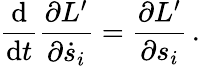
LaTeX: {\frac{\mathrm{d}}{\mathrm{d}t}}{\frac{\partial L^{\prime}}{\partial{\dot{s}}_{i}}}={\frac{\partial L^{\prime}}{\partial s_{i}}}\, .